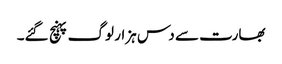
بھارت سے دس ہزار لوگ پہنچ گئے۔